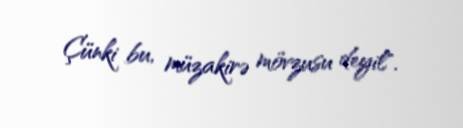
Çünki bu, müzakirə mövzusu deyil".